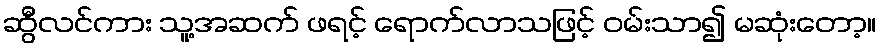
ဆွီလင်ကား သူ့အဆက် ဖရင့် ရောက်လာသဖြင့် ဝမ်းသာ၍ မဆုံးတော့။